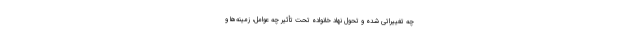
چه تغییراتی شده و تحول نهاد خانواده تحت تأثیر چه عوامل، زمینه‌ها و